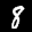
Label: 8